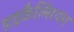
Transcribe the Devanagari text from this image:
डाइकैल्सियम